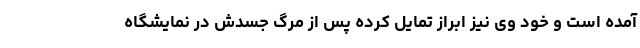
آمده است و خود وی نیز ابراز تمایل کرده پس از مرگ جسدش در نمایشگاه